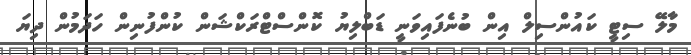
މާލޭ ސިޓީ ކައުންސިލް އިން ބުނެފައިވަނީ ޑަބްލިޔު ކޮންސްޓްރަކްޝަން ކުންފުނިން ހަދަމުން ދިޔަ